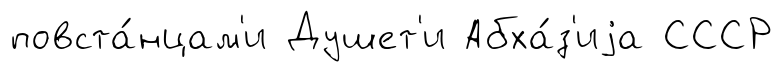
повста́нцам'и Душет'и Абха́з'иjа СССР